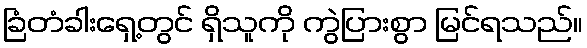
ခြံတံခါးရှေ့တွင် ရှိသူကို ကွဲပြားစွာ မြင်ရသည်။